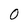
Character: O